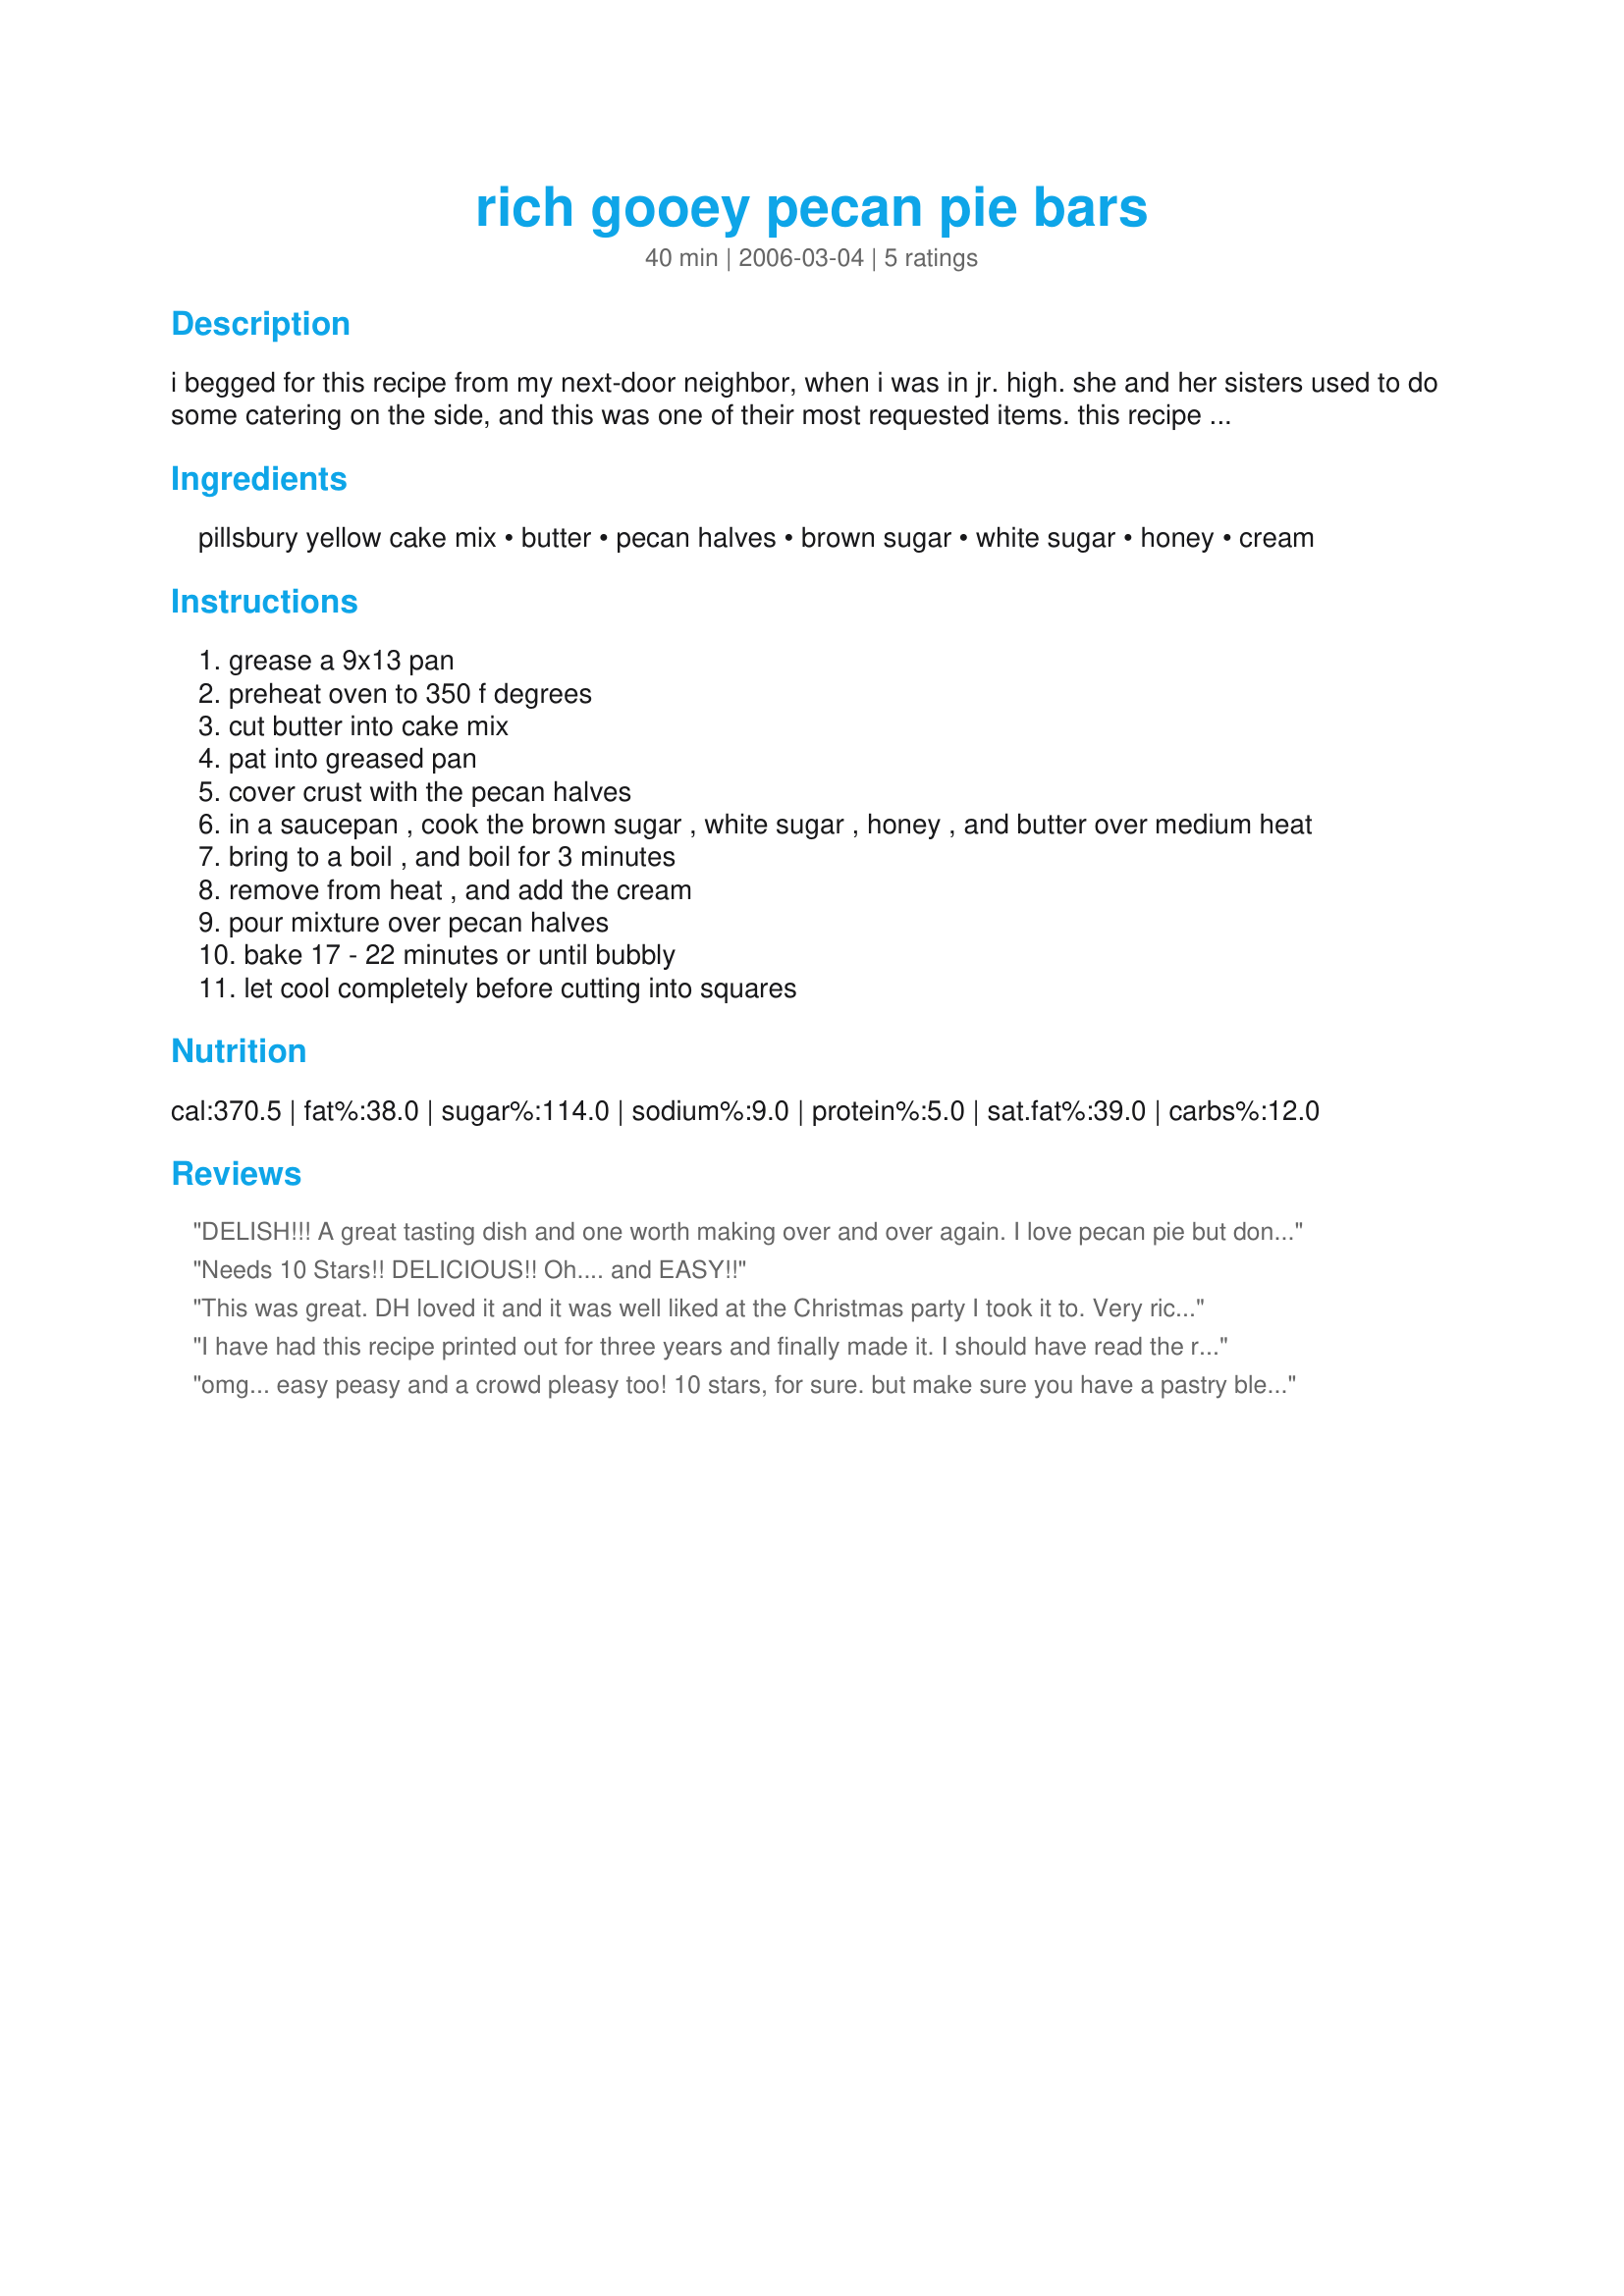
rich gooey pecan pie bars
Preparation time: 40 minutes

i begged for this recipe from my next-door neighbor, when i was in jr. high. she and her sisters used to do some catering on the side, and this was one of their most requested items. this recipe utilizes yellow cake mix for the crust, and not a single egg! rich, gooey, and oh so good! (note: pillsbury moist deluxe is the best cake mix for these.)

Ingredients:
pillsbury yellow cake mix, butter, pecan halves, brown sugar, white sugar, honey, cream

Steps:
grease a 9x13 pan
preheat oven to 350 f degrees
cut butter into cake mix
pat into greased pan
cover crust with the pecan halves
in a saucepan , cook the brown sugar , white sugar , honey , and butter over medium heat
bring to a boil , and boil for 3 minutes
remove from heat , and add the cream
pour mixture over pecan halves
bake 17 - 22 minutes or until bubbly
let cool completely before cutting into squares

Reviews:
DELISH!!! A great tasting dish and one worth making over and over again. I love pecan pie but don't like the crust and can never successfully get it to set up. This recipe is easy and fail proof. The crust is great and the caramel flavoring with the nuts is to die for!!
Needs 10 Stars!! DELICIOUS!! Oh.... and EASY!!
This was great. DH loved it and it was well liked at the Christmas party I took it to. Very rich, a small piece is all you need, and then another and another.... so glad I found it, will make again.
I have had this recipe printed out for three years and finally made it. I should have read the reviews because it was gooey and I did panic then put it in the freezer for a bit so I could cut them and oh they are delicious. I am taking them to a party tomorrow and I bet I get asked for the recipe. Thanks.
omg... easy peasy and a crowd pleasy too! 10 stars, for sure. but make sure you have a pastry blender to cut the butter into the mix... however, make sure not to over cut the mixture... as that will make the crust dense vs. flaky (just a little tip i learned from an awesome pie-maker). also remember not to panic if the top is not set when you take it out of the oven... they're supposed to be ooey-gooey and sticky-scrumptious!
